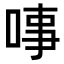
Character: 𠶝